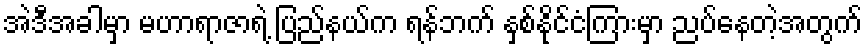
အဲဒီအခါမှာ မဟာရာဇာရဲ့ ပြည်နယ်က ရန်ဘက် နှစ်နိုင်ငံကြားမှာ ညပ်နေတဲ့အတွက်